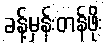
ခန့်မှန်းတန်ဖိုး